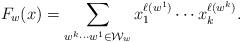
LaTeX: \begin{align*} F_w(x) = \sum_{w^k \cdots w^1\in \mathcal{W}_w} x_1^{\ell(w^1)} \cdots x_k^{\ell(w^k)}.\end{align*}